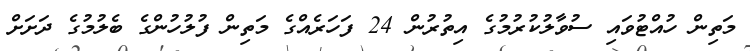
މަތިން ހުއްޓުވައި ސުވާލުކުރުމުގެ އިތުރުން 24 ފަހަރެއްގެ މަތިން ފުލުހުންގެ ބެލުމުގެ ދަށަށް